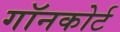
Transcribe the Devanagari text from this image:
गॉनकोर्ट